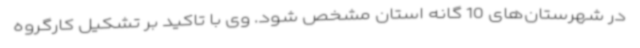
در شهرستان‌های 10 گانه استان مشخص شود. وی با تاکید بر تشکیل کارگروه